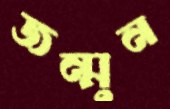
জন্মুন